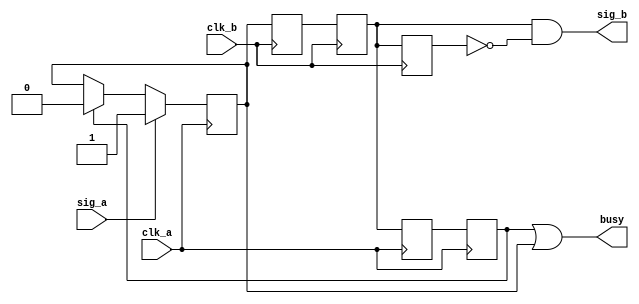
module hdshk_pulse_sync (
    input  clk_a,
    input  sig_a,
    input  clk_b,
    output reg sig_b,
    output reg busy
);

    reg b1   =1'b0;
    reg b2   = 1'b0; 
    reg b3   = 1'b0;
    reg a1   = 1'b0;
    reg a2   =1'b0;
    reg a3   = 1'b0;
  
    wire mux1;
    wire mux2;

    assign busy = a3 | a1;
    assign sig_b = b2 & ~b3;
    assign mux1 = (a3 == 1'b1) ? 1'b0 : a1;
  assign mux2 = (sig_a == 1'b1) ? 1'b1 : mux1;
  always@(posedge clk_a)
    begin
      a1<=mux2;
      a2<=b2;
      a3<=a2;
    end
always @(posedge clk_b) 
  begin
        b1 <= a1;
        b2 <= b1;
        b3 <= b2;
        end
endmodule